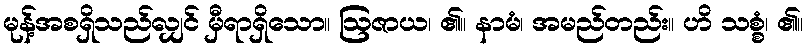
မုန့်အစရှိသည်လျှင် မှီရာရှိသော။ ဩဇာယ၊ ၏။ နာမံ၊ အမည်တည်း။ ဟိ သစ္စံ၊ ၏။